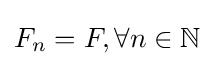
F_{n}=F,\forall n\in \mathbb {N}